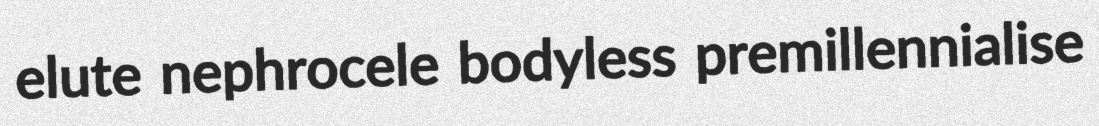
elute nephrocele bodyless premillennialise